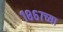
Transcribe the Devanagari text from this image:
१८६७च्या